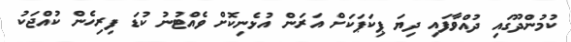
ކުމުންދޫގައި ދުއްވާފައި ދިޔަ ޕިކަޕަކަށް އަރަން އުޅެނިކޮށް ވެއްޓުނު ކުޑަ ފިރިހެން ކުއްޖަކު